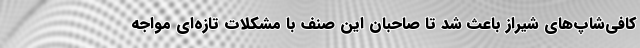
کافی‌شاپ‌های شیراز باعث شد تا صاحبان این صنف با مشکلات تاز‌ه‌ای مواجه